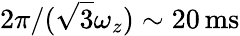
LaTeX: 2\pi/(\sqrt{3}\omega_{z})\sim 20\, \mathrm{ms}